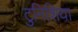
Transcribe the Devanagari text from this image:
टुनिशिया